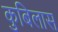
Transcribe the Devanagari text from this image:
कुबिलास